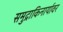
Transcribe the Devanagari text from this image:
समुद्राकिनार्यावर